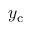
y _ { \mathrm { c } }